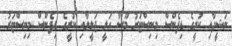
ނަޝީދާއި ކުރީގެ ޑިފެންސް މިނިސްޓަރު މޫސާ އަލީ ޖަލީލާއި ކުރީގެ ޑިފެންސް މިނިސްޓަރު